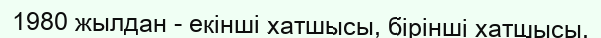
1980 жылдан - екінші хатшысы, бірінші хатшысы.